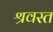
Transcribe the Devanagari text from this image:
श्रवस्त